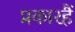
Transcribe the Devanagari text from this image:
प्रकारहैं